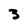
Character: 3